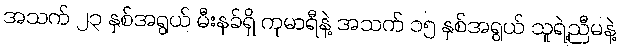
အသက် ၂၃ နှစ်အရွယ် မီးနခ်ရှိ ကုမာရီနဲ့ အသက် ၁၅ နှစ်အရွယ် သူရဲ့ညီမနဲ့